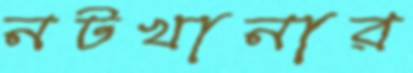
নটখানার